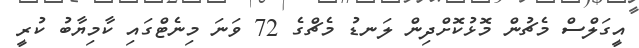
އީގަލްސް މެޗުން މޮޅުކޮށްދިން ލަނޑު މެޗްގެ 72 ވަނަ މިނެޓްގައި ކާމިޔާބު ކުރީ